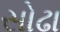
સોઢા